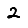
Digit: 2